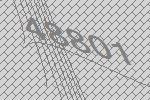
48801